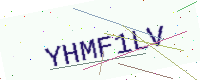
Text: YHMF1LV